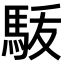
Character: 𩢚